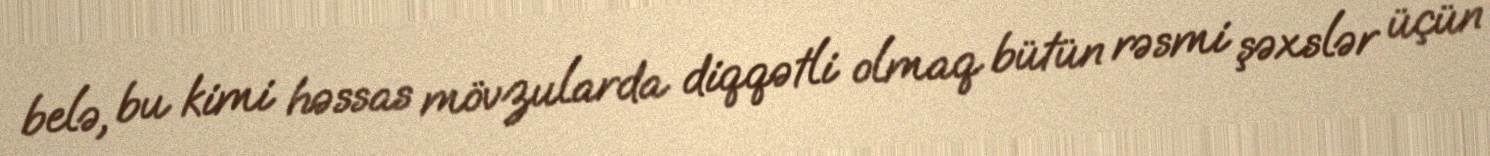
belə, bu kimi həssas mövzularda diqqətli olmaq bütün rəsmi şəxslər üçün